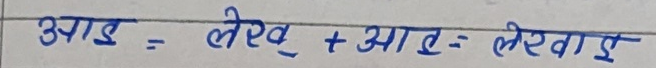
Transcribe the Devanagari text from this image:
आइ = लेख + आइ = लेखाइ